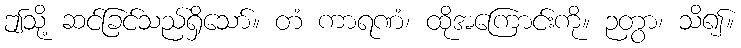
ဤသို့ ဆင်ခြင်သည်ရှိသော်။ တံ ကာရဏံ၊ ထိုအကြောင်းကို။ ဉတွာ၊ သိ၍။